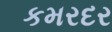
કમરદર